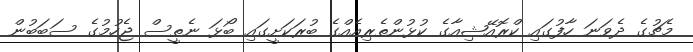
މެޗުގެ ދެވަނަ ހާފުގައި ކްރޮއޭޝިއާގެ ކުޅުންތެރިއެއްގެ ބުރަކަށީގައި ބޯޅަ ނެތީސް ޖެހުމުގެ ސަބަބުން